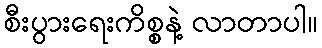
စီးပွားရေးကိစ္စနဲ့ လာတာပါ။